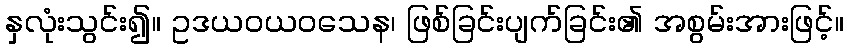
နှလုံးသွင်း၍။ ဥဒယဝယဝသေန၊ ဖြစ်ခြင်းပျက်ခြင်း၏ အစွမ်းအားဖြင့်။